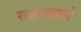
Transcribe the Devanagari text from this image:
सहायको